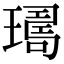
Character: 𤩈